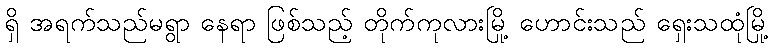
ရှိ အရက်သည်မရွာ နေရာ ဖြစ်သည့် တိုက်ကုလားမြို့ ဟောင်းသည် ရှေးသထုံမြို့